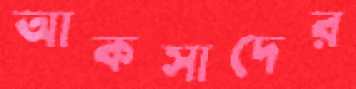
আকসাদের